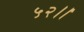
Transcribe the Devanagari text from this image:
५२।।